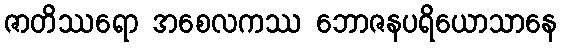
ဇာတိဿရော အစေလကဿ ဘောဇနပရိယောသာနေ